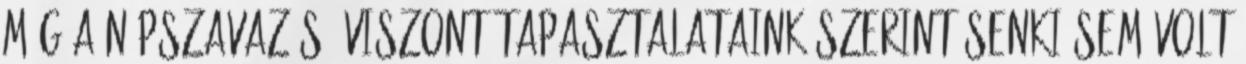
még a népszavazás. Viszont tapasztalataink szerint senki sem volt